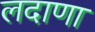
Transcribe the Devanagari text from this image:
लदाणा